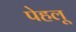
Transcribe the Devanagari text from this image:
पेहलू